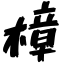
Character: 樟